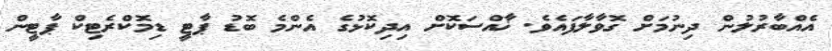
އެއްބާރުލުން ދިނުމަށް ގޮވާލާފައެވެ. ޚާއްސަކޮށް އިދިކޮޅުގެ އެންމެ ބޮޑު ޕާޓީ ޑިމޮކްރެޓިކް ޕާޓީން